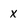
Character: x